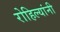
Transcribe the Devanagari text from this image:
रोहिल्यांनी